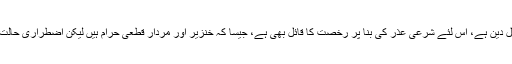
اسلام ایک مکمل ضابطہ حیات اور جامع و اکمل دین ہے، اس لئے شرعی عذر کی بنا پر رخصت کا قائل بھی ہے، جیسا کہ خنزیر اور مردار قطعی حرام ہیں لیکن اضطراری حالت میں کھا کر جان بچانے کی رخصت بھی ہے۔